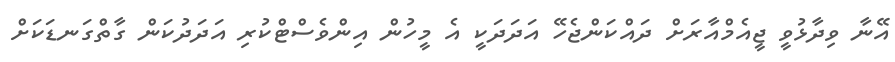
އޭނާ ވިދާޅުވީ ޖީއެމްއާރަށް ދައްކަންޖެހޭ އަދަދަކީ އެ މީހުން އިންވެސްޓްކުރި އަދަދުކަން ގާތްގަނޑަކަށް